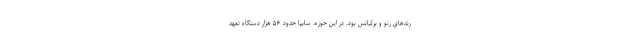
رندهاي رنو و برليانس بود. در این حوزه، سايپا حدود ۵۶ هزار دستگاه تعهد